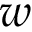
w